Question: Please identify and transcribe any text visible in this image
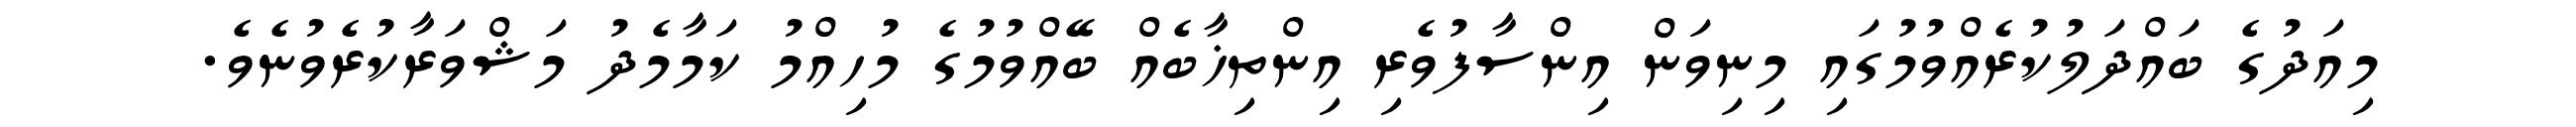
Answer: މިއަދުގެ ބައްދަލުކުރެއްވުމުގައި މިނިވަން އިންސާފުވެރި އިންތިޚާބެއް ބޭއްވުމުގެ މުހިއްމު ކަމާމެދު މަޝްވަރާކުރެވުނެވެ.